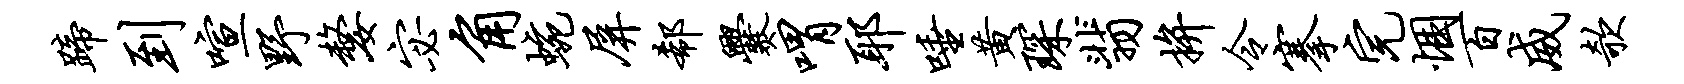
蹄到喧野嫠宓角蜿屏欷爨喟耶唾黄琛翡拚令搴完悃百威欹